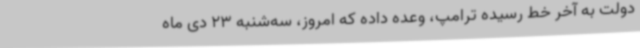
دولت به آخر خط رسیده ترامپ، وعده داده که امروز، سه‌شنبه 23 دی ماه